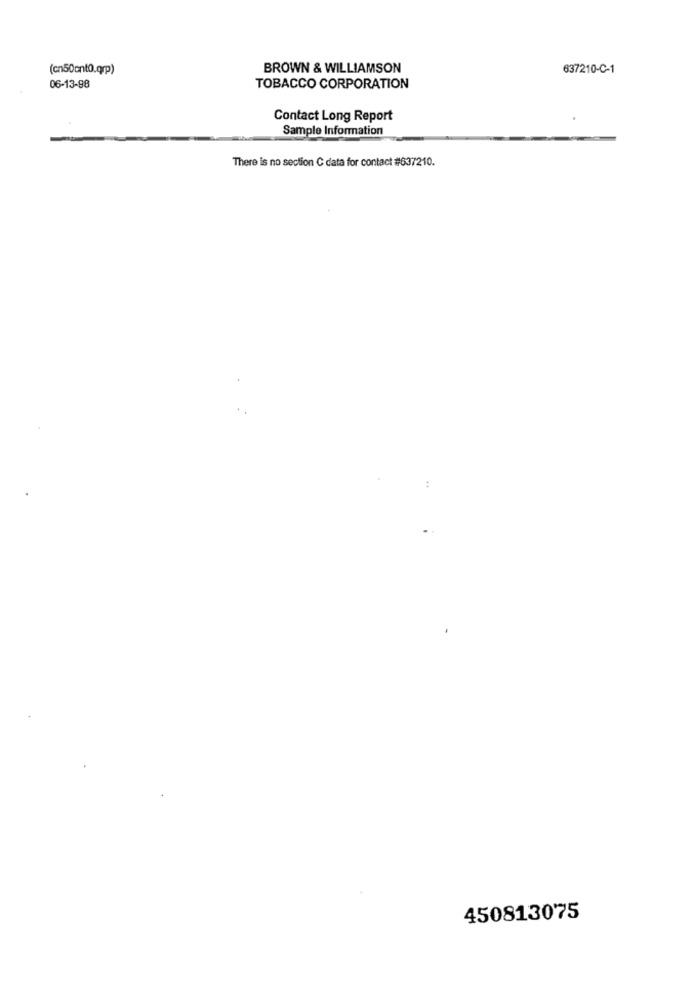
(cn50ont0.qrp)
BROWN & WILLIAMSON
637210-C-1
06-13-98
TOBACCO CORPORATION
Contact Long Report
Sample Information
There is no section C data for contact #637210.
450813075